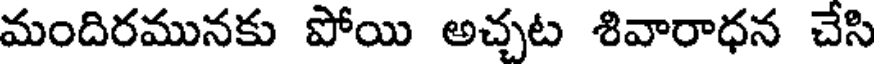
మందిరమునకు పోయి అచ్చట శివారాధన చేసి